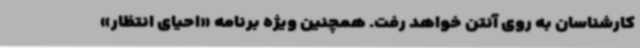
کارشناسان به روی آنتن خواهد رفت. همچنین ویژه برنامه «احیای انتظار»